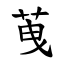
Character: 䒶